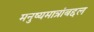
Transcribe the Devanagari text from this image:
मनुष्यमात्रांबद्दल